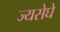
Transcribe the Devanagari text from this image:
ज्यसेघे